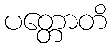
ပတ္တောတိ